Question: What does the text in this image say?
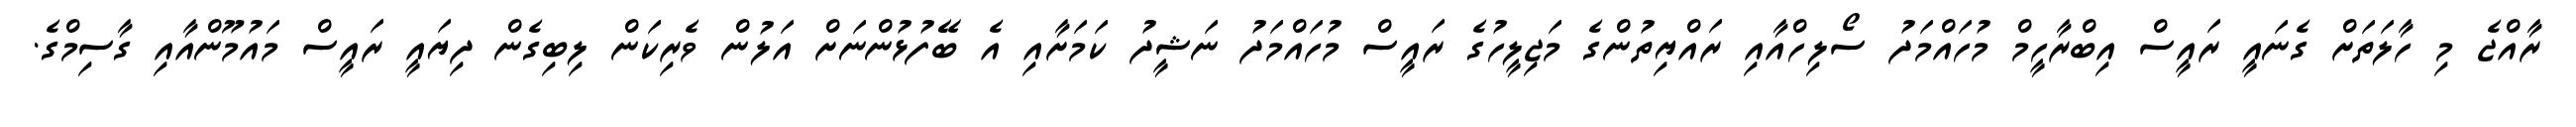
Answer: ރާއްޖެ މި ހާލަތަށް ގެނައީ ރައީސް އިބްރާހީމް މުހައްމަދު ސޯލިހްއާއި ރައްޔިތުންގެ މަޖިލީހުގެ ރައީސް މުހައްމަދު ނަޝީދު ކަމަށާއި އެ ބޭފުޅުންނަށް އަލުން ވެރިކަން ލިބިގެން ދިޔައީ ރައީސް މައުމޫންއާއި ގާސިމްގެ.